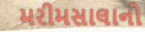
મરીમસાલાનો